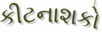
કીટનાશકો